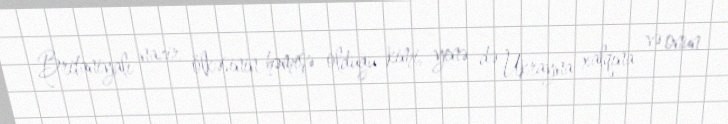
Britaniyalı nazir ölkəsinin həmişə olduğu kimi, yenə də Ukrayna xalqına və onun